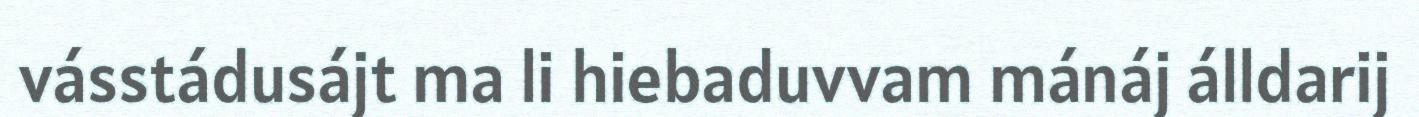
vásstádusájt ma li hiebaduvvam mánáj álldarij